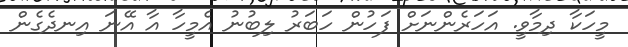
މީހަކާ ދިމާވީ. އަހަރެންނަށް ފަހުން ހަބަރު ލިބުނު އެމީހާ އާ އޭނަ އިނދެގެން